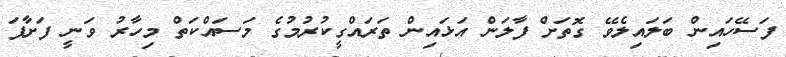
ފަސޭހައިން ބަލައިލެވޭ ގޮތަށް ފާލަން އަޅައިން ތަރައްގީކުރުމުގެ މަސައްކަތް މިހާރު ވަނީ ފަށާފަ